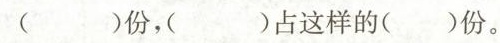
( )份，( )占这样的( )份。